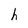
Character: h